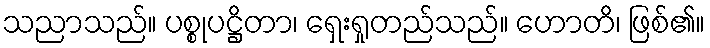
သညာသည်။ ပစ္စုပဋ္ဌိတာ၊ ရှေးရှုတည်သည်။ ဟောတိ၊ ဖြစ်၏။